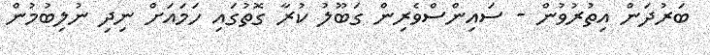
ބަރުދަން އިތުރުވުން - ސައިންސްވެރިން ގަބޫލު ކުރާ ގޮތުގައި ހަމައަށް ނިދި ނުލިބުމުން